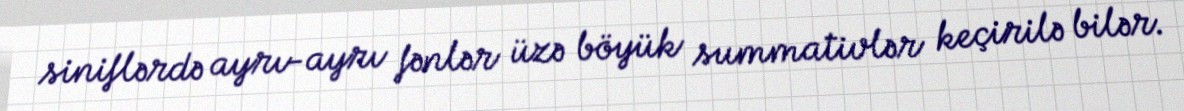
siniflərdə ayrı-ayrı fənlər üzə böyük summativlər keçirilə bilər.